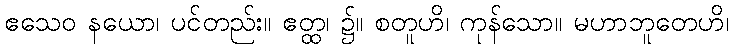
ဧသေဝ နယော၊ ပင်တည်း။ ဧတ္ထ၊ ၌။ စတူဟိ၊ ကုန်သော။ မဟာဘူတေဟိ၊